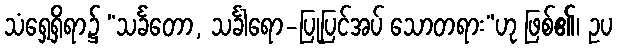
သံရှေ့ရှိရာ၌ “သင်္ခတော, သင်္ခါရော-ပြုပြင်အပ် သောတရား”ဟု ဖြစ်၏၊ ဥပ